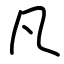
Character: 凡